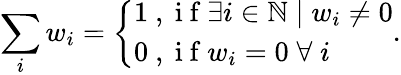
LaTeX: \sum_{i}w_{i}=\left\{ \begin{array}{ll}{1\mathrm{~,~i~f~}\exists i\in\mathbb{N}\mid w_{i}\neq 0}\\ {0\mathrm{~,~i~f~}w_{i}=0\mathrel\forall i}\end{array}\right..